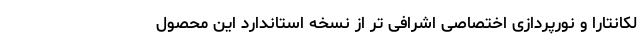
لکانتارا و نورپردازی اختصاصی اشرافی تر از نسخه استاندارد این محصول